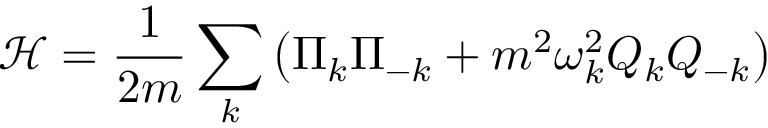
{ \mathcal { H } } = { \frac { 1 } { 2 m } } \sum _ { k } \left( \Pi _ { k } \Pi _ { - k } + m ^ { 2 } \omega _ { k } ^ { 2 } Q _ { k } Q _ { - k } \right)